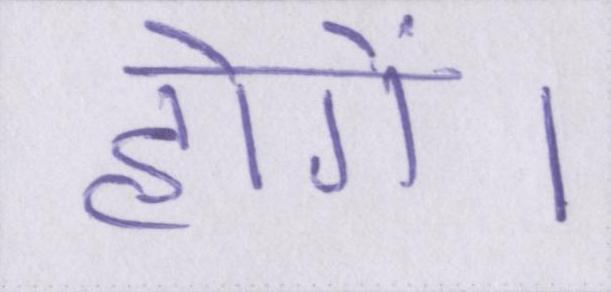
होगें।